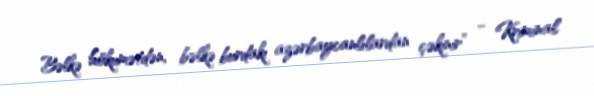
Bəlkə hökumətdən, bəlkə burdakı azərbaycanlılardan çəkinir” - Kriminal